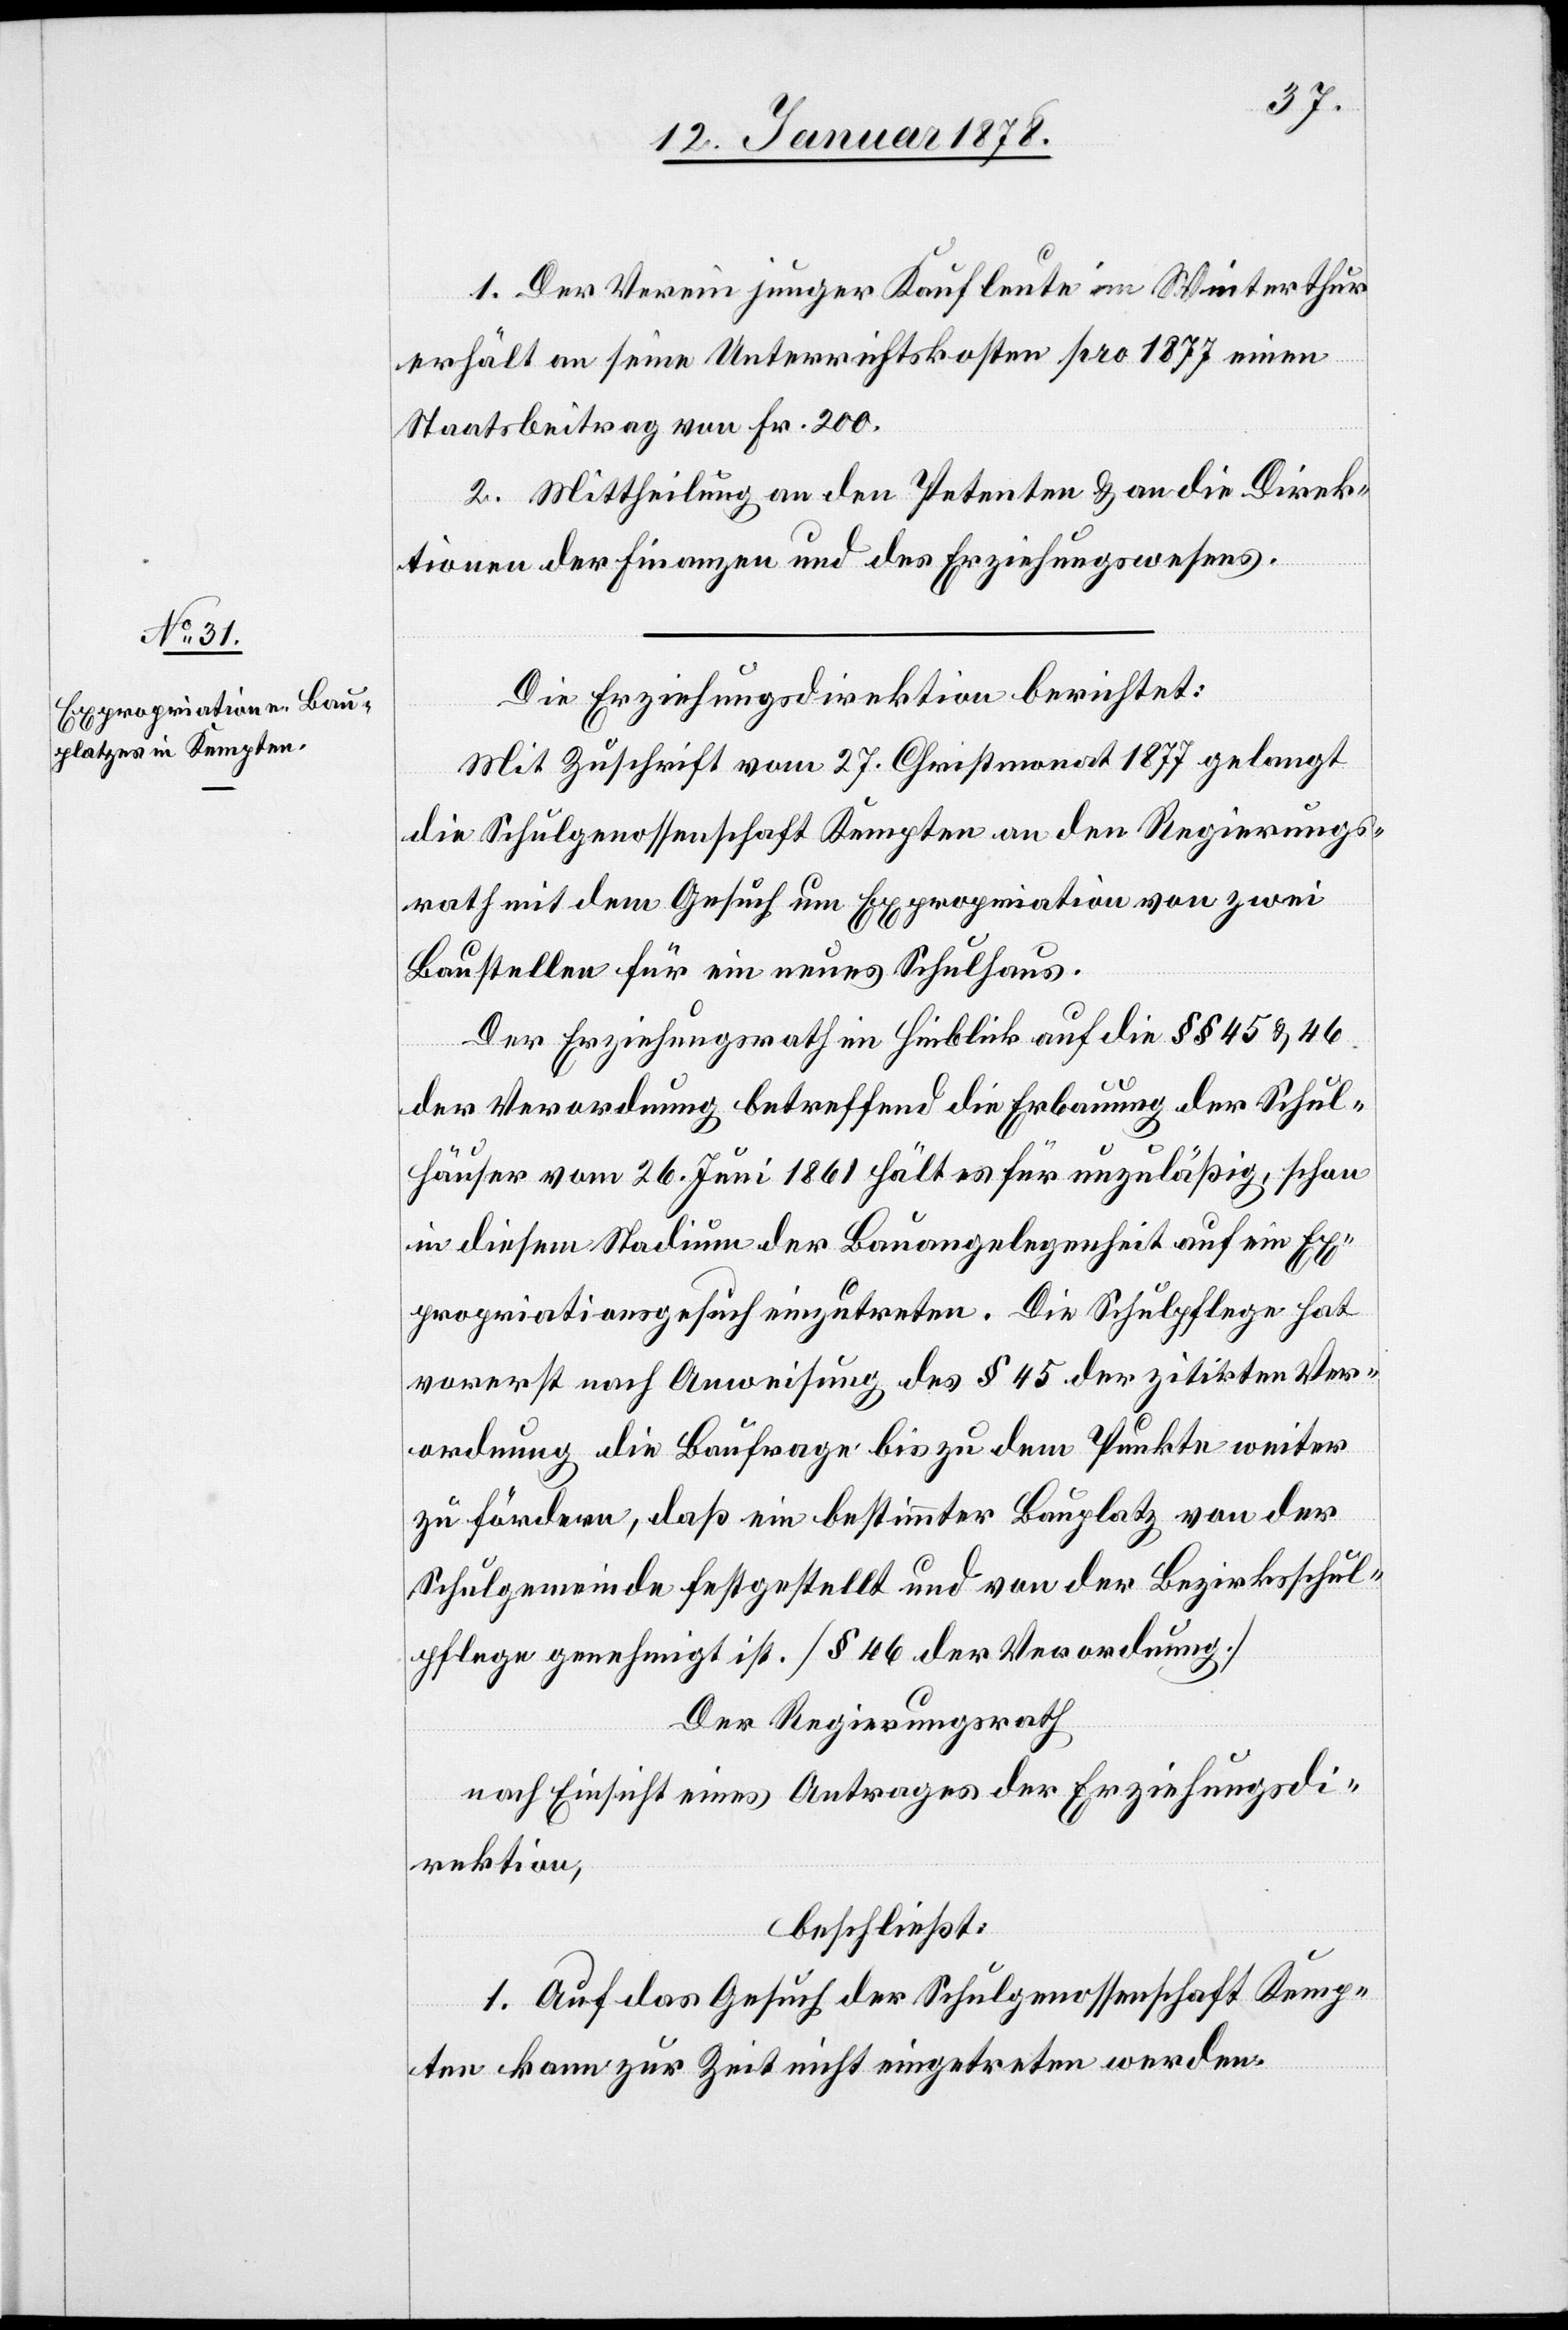
1. Der Verein junger Kaufleute in Winterthur
erhält an seine Unterrichtskosten pro 1877 einen
Staatsbeitrag von Fr. 200.
2. Mittheilung an den Petenten & an die Direk¬
tion der Finanzen und das Erziehungswesen.
Die Erziehungsdirektion berichtet:
Mit Zuschrift vom 27. Christmonat 1877 gelangt
die Schulgenossenschaft Kempten an den Regierungs¬
rath mit dem Gesuch um Expropriation von zwei
Baustellen für ein neues Schulhaus.
Der Erziehungsrath im Hinblick auf die §§ 45 & 46
der Verordnung betreffend die Erbauung der Schul¬
häuser vom 26. Juni 1861 hält es für unzuläßig, schon
in diesem Stadium der Bauangelegenheit auf ein Ex¬
propriationsgesuch einzutreten. Die Schulpflege hat
vorerst nach Anweisung des § 45 der zitirten Ver¬
ordnung die Baufrage bis zu dem Punkte weiter
zu fördern, daß ein bestimmter Bauplatz von der
Schulgemeinde festgestellt und von der Bezirksschul¬
pflege genehmigt ist. [§ 46 der Verordnung]
Der Regierungsrath
nach Einsicht eines Antrages der Erziehungsdi¬
rektion,
beschließt:
1. Auf das Gesuch der Schulgenossenschaft Kemp¬
ten kann zur Zeit nicht eingetreten werden.